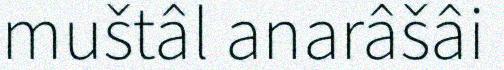
muštâl anarâšâi